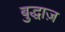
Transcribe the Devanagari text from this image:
बुद्धाज़